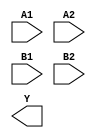
module sky130_fd_sc_hvl__a22oi (
    //# {{data|Data Signals}}
    input  A1,
    input  A2,
    input  B1,
    input  B2,
    output Y
);

    // Voltage supply signals
    supply1 VPWR;
    supply0 VGND;
    supply1 VPB ;
    supply0 VNB ;

endmodule